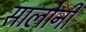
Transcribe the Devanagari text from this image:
सालोनी